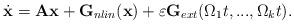
LaTeX: \begin{align*}\dot{\mathbf{x}}=\mathbf{A}\mathbf{x}+\mathbf{G}_{nlin}(\mathbf{x})+\varepsilon \mathbf{G}_{ext}(\Omega_1 t,...,\Omega_k t).\end{align*}